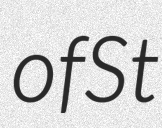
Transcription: of St